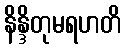
နိန္ဒိတုမရဟတိ